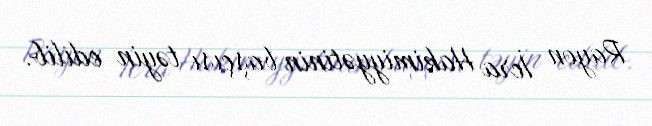
Rayon İcra Hakimiyyətinin başçısı təyin edilib.